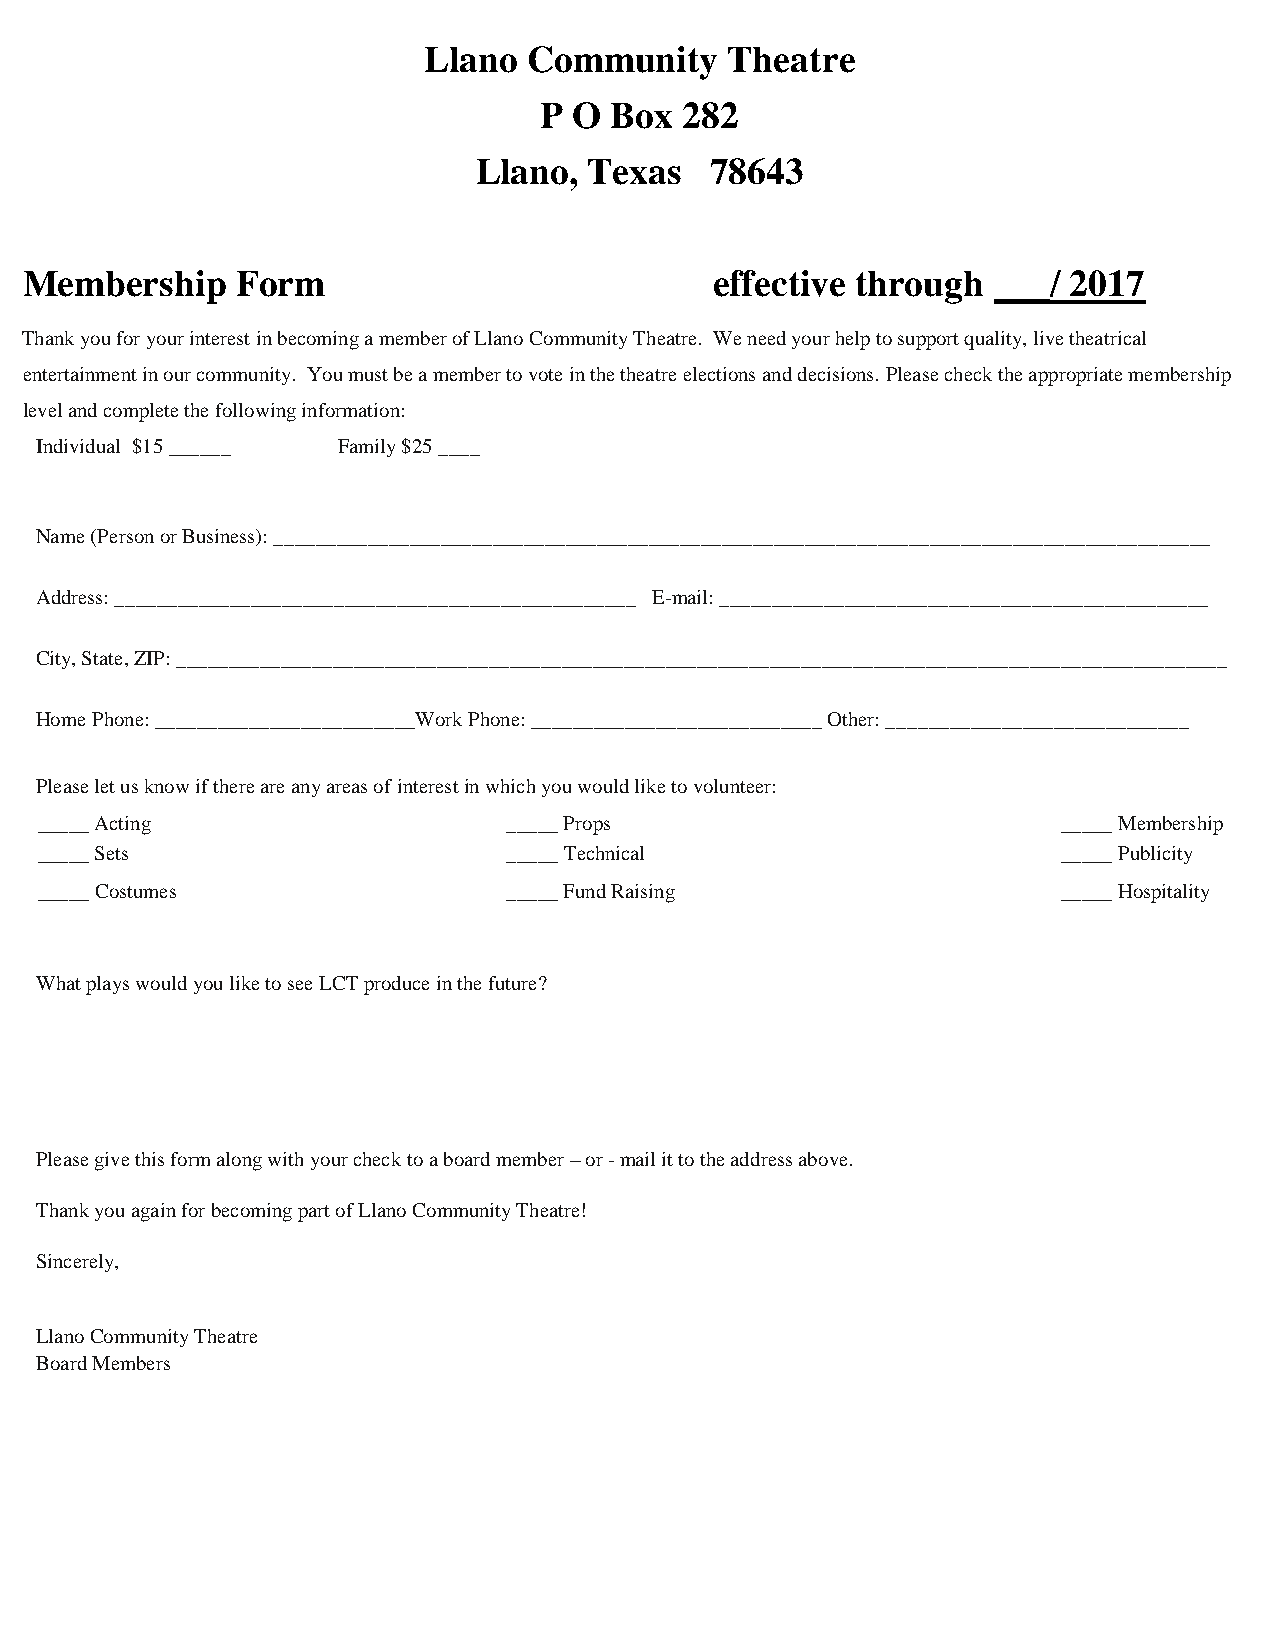
Llano  Community    Theatre
 P O Box  282
 Llano,  Texas   78643
 Membership     Form                           effective through  ___/ 2017
 Thank you for your interest in becoming a member of Llano Community Theatre. We need your help to support quality, live theatrical
 entertainment in our community. You must be a member to vote in the theatre elections and decisions. Please check the appropriate membership
 level and complete the following information:
 Individual $15 ______ Family $25 ____
 Name (Person or Business): __________________________________________________________________________________________
 Address: __________________________________________________ E-mail: _______________________________________________
 City, State, ZIP: _____________________________________________________________________________________________________
 Home Phone: _________________________Work Phone: ____________________________ Other: _____________________________
 Please let us know if there are any areas of interest in which you would like to volunteer:
 _____ Acting                    _____ Props                         _____ Membership
 _____ Sets                      _____ Technical                     _____ Publicity
 _____ Costumes                  _____ Fund Raising                  _____ Hospitality
 What plays would you like to see LCT produce in the future?
 Please give this form along with your check to a board member – or - mail it to the address above.
 Thank you again for becoming part of Llano Community Theatre!
 Sincerely,
 Llano Community Theatre
 Board Members